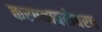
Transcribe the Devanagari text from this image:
करण्‍याबरोबरच